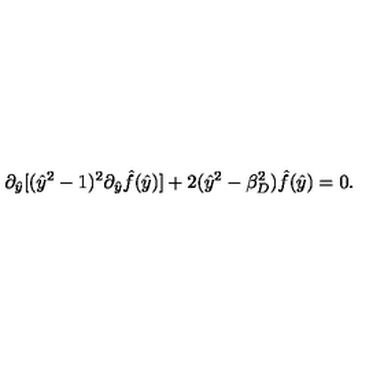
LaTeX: \partial _ { \hat { y } } [ ( \hat { y } ^ { 2 } - 1 ) ^ { 2 } \partial _ { \hat { y } } \hat { f } ( \hat { y } ) ] + 2 ( \hat { y } ^ { 2 } - \beta _ { D } ^ { 2 } ) \hat { f } ( \hat { y } ) = 0 .